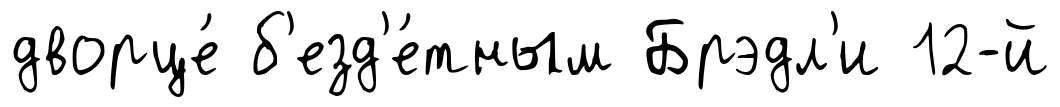
дворце́ б'езд'е́тным Брэдл'и 12-й